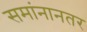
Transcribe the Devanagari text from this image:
समांनानतर